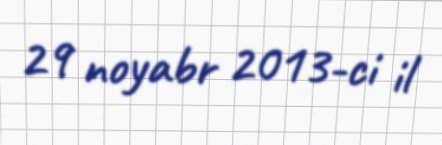
29 noyabr 2013-ci il